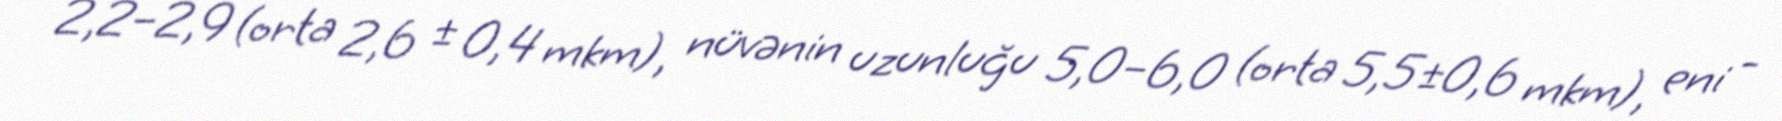
2,2–2,9 (orta 2,6 ± 0,4 mkm), nüvənin uzunluğu 5,0–6,0 (orta 5,5±0,6 mkm), eni -